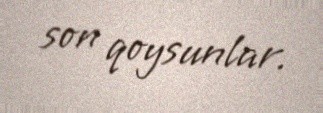
son qoysunlar.